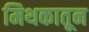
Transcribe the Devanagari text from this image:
मिथकातून